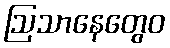
ဩသာနေတွေဝ